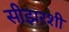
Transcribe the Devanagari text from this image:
सीझरशी